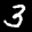
Label: 3